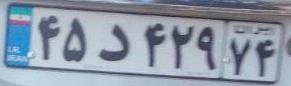
۴۵د۴۲۹۷۴